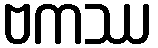
ဗကဿ